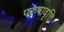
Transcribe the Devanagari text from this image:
परुषावृत्ति